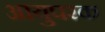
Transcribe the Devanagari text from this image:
आयुपरक